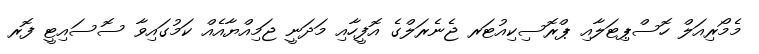
މެމޯރިއަލް ހޮސްޕިޓަލާއި ޕްރޮސިކިއުޓަރ ޖެނެރަލްގެ އޮފީހާއި މަދަނީ ޖަމިއްޔާއެއް ކަމުގައިވާ ސޮސައިޓީ ފޮރ